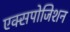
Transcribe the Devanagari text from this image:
एक्सपोजिशन